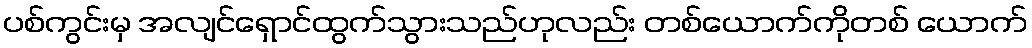
ပစ်ကွင်းမှ အလျင်ရှောင်ထွက်သွားသည်ဟုလည်း တစ်ယောက်ကိုတစ် ယောက်